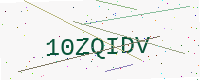
Text: 10ZQIDV